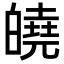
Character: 皢